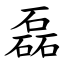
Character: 磊